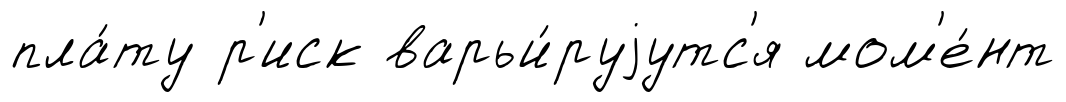
пла́ту р'иск варьи́руjутс'я мом'е́нт